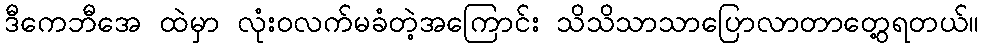
ဒီကေဘီအေ ထဲမှာ လုံးဝလက်မခံတဲ့အကြောင်း သိသိသာသာပြောလာတာတွေ့ရတယ်။